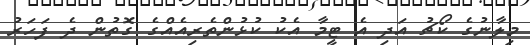
މިލާނުގެ ކޯޗު އަދި އެ ޓީމާ އެކު ކުޅުންތެރިއެއްގެ ގޮތުން ދެ ފަހަރު